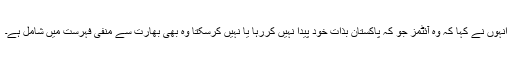
انہوں نے کہا کہ وہ آئٹمز جو کہ پاکستان بذات خود پیدا نہیں کررہا یا نہیں کرسکتا وہ بھی بھارت سے منفی فہرست میں شامل ہے۔